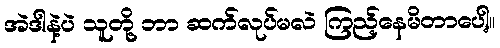
အဲဒါနဲ့ပဲ သူတို့ ဘာ ဆက်လုပ်မလဲ ကြည့်နေမိတာပေါ့။